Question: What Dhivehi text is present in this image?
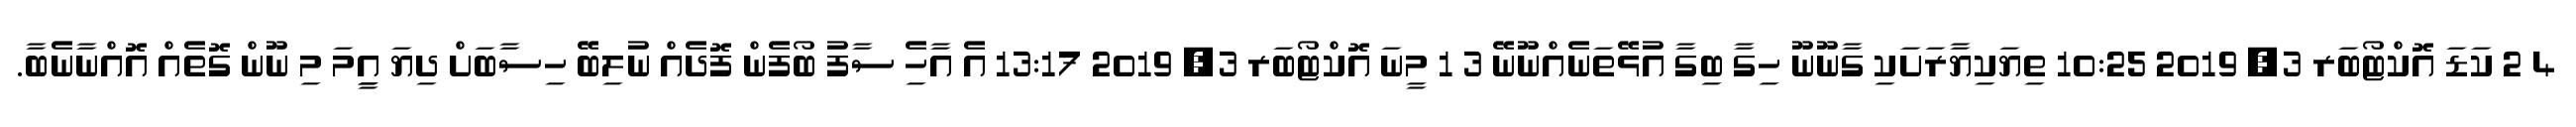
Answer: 4 2 ކަޑަ އޮކްޓޯބަރ 3, 2019 10:25 ތިޔަކިޔާރަށަކި ގާނޫނޫ ހިގާ ބިގާ އުޅޭތަނެއްނޫނޭ 3 1 މީނަ އޮކްޓޯބަރ 3, 2019 13:17 އެ އާހެި ސާފު ބޯފެން ފޮދެއް ނުލިބޭ ހިސާބަށް ދިޔަ އިީމަ މި ނޫން ގޮތެއް އޮއްނާނެބާ.